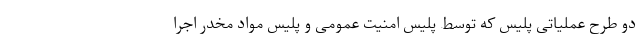
دو طرح عملیاتی پلیس که توسط پلیس امنیت عمومی و پلیس مواد مخدر اجرا